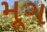
મૂગ